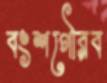
বংশগৌরব